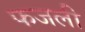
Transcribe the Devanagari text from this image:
फजली